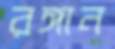
রঙ্গান